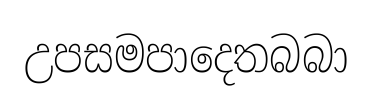
උපසමපාදෙතබබා